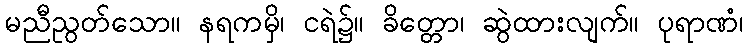
မညီညွတ်သော။ နရကမှိ၊ ငရဲ၌။ ခိတ္တော၊ ဆွဲထားလျက်။ ပုရာဏံ၊